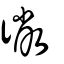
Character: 徶